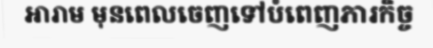
អារាម មុនពេលចេញទៅបំពេញភារកិច្ច